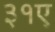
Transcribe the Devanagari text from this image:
३१ए